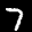
Label: 7